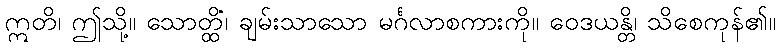
ဣတိ၊ ဤသို့။ သောတ္ထိံ၊ ချမ်းသာသော မင်္ဂလာစကားကို။ ဝေဒယန္တိ၊ သိစေကုန်၏။